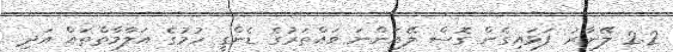
2.2 ލޭނާރު ފަޅައިގެން ގޮސް ލޭއަންނަ ވައްތަރުގެ ޑެންގީ ހުމުގެ އަލާމާތްތައް އަދި